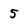
Character: 5